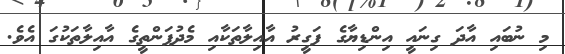
މި ނުބައި އާދަ ގިނައީ އިންޑިޔާގެ ފަގީރު އާއިލާތަކާއި މެދުފަންތީގެ އާއިލާތަކުގަ އެވެ.